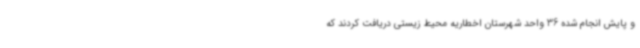
و پایش انجام شده 36 واحد شهرستان اخطاریه محیط زیستی دریافت کردند که